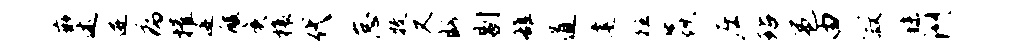
嵌述迸病摧迹酸庚榱代怠牧又盼剔雒道建狂焱庄玷邕由寂秣洲